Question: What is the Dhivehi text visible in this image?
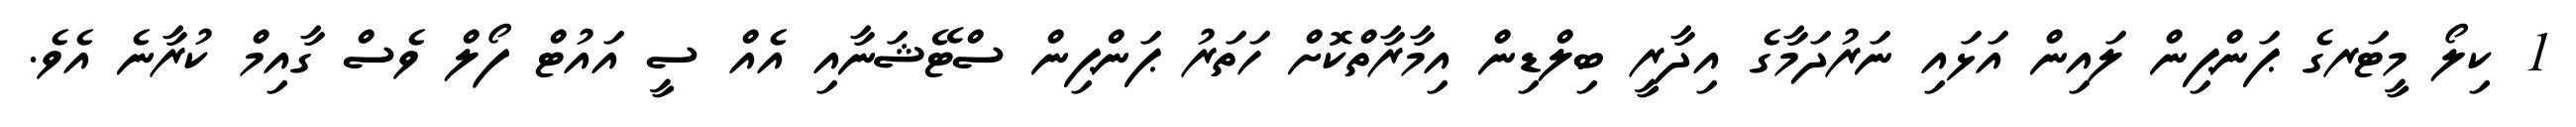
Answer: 1 ކިލޯ މީޓަރގެ ޕަންޕިން ލައިން އަޅައި ނަރުދަމާގެ އިދާރީ ބިލްޑިން އިމާރާތްކޮށް ހަތަރު ޕަންޕިން ސްޓޭޝަނާއި އެއް ސީ އައުޓް ފޯލް ވެސް ގާއިމް ކުރާނެ އެވެ.